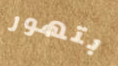
بتهور